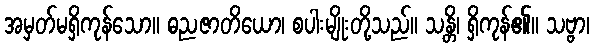
အမှတ်မရှိကုန်သော။ ဓညဇာတိယော၊ စပါးမျိုးတို့သည်။ သန္တိ၊ ရှိကုန်၏။ သဗ္ဗာ၊